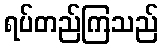
ရပ်တည်ကြသည်